Report of the Imperial Institute of Veterinary Research, Muktesar
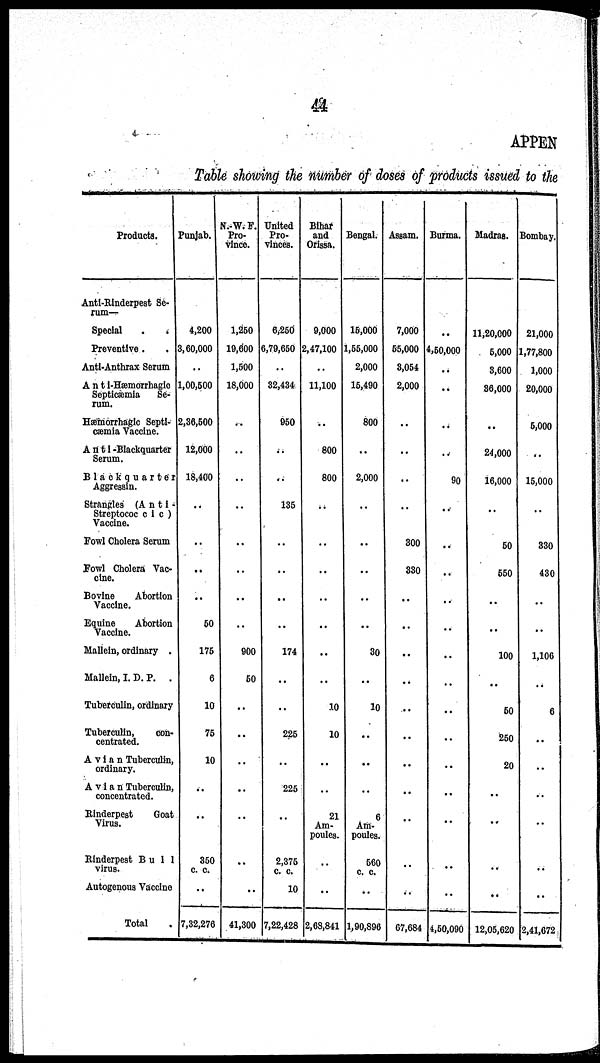
44
APPEN
Table showing the number of doses of products issued to the
Products.
Anti-Rinderpest Se-
rum—
Special
.
.
Preventive .
Anti-Anthrax Serum
Anti-Hæmorrhagic
Septicæmia
Se-
rum.
Hæmorrhagic Septi-
cæmia Vaccine.
Anti-Blackquarter
Serum.
Blackquarter
Aggressin.
Strangles (Anti-
Streptococcic)
Vaccine.
Fowl Cholera Serum
Fowl Cholera Vac-
cine.
Bovine
Abortion
Vaccine.
Equine
Abortion
Vaccine.
Mallein, ordinary .
Mallein, I. D. P. .
Tuberculin, ordinary
Tuberculin,
con-
centrated.
Avian Tuberculin,
ordinary.
Avian Tuberculin,
concentrated.
Rinderpest
Goat
Virus.
Rinderpest Bull
virus.
Autogenous Vaccine
Total
Punjab.
4,200
3,60,000
..
1,00,500
2,36,500
12,000
18,400
..
..
..
..
50
175
6
10
75
10
..
..
350
c. c.
..
7,32,276
N.-W. F.
Pro-
vince.
1,250
19,600
1,500
18,000
..
..
..
..
..
..
..
..
900
50
..
..
..
..
..
..
41,300
United
Pro-
vinces.
6,250
6,79,650
..
32,434
950
..
..
135
..
..
..
..
174
..
..
225
..
225
..
2,375
c. c.
10
7,22,428
Bihar
and
Orissa.
9,000
2,47,100
..
11,100
..
800
800
..
..
..
..
..
..
10
10
..
21
Am-
poules.
..
..
2,68,841
Bengal.
15,000
1,55,000
2,000
15,490
800
..
2,000
..
..
..
..
..
30
..
10
..
..
..
6
Am-
poules.
560
c. c.
..
1,90,896
Assam.
7,000
55,000
3,054
2,000
..
..
..
..
300
330
..
..
..
..
...
..
..
..
..
..
67,684
Burma.
..
4,50,000
..
..
..
..
90
..
..
..
..
..
..
..
..
..
..
..
..
..
4,50,090
Madras.
11,20,000
6,000
3,600
36,000
..
24,000
16,000
..
50
550
..
..
100
..
50
250
20
..
..
..
..
12,05,620
Bombay.
21,000
1,77,800
1,000
20,000
5,000
..
15,000
..
330
430
..
..
1,106
..
6
..
..
..
..
..
..
2,41,672